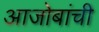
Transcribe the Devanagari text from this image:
आजोबांची